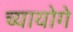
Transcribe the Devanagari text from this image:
च्यायोगे